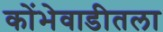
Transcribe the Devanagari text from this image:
कोंभेवाडीतला